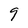
Character: 9